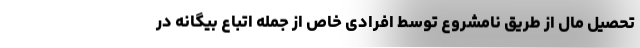
تحصیل مال از طریق نامشروع توسط افرادی خاص از جمله اتباع بیگانه در